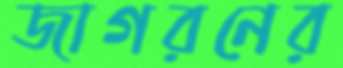
জাগরনের